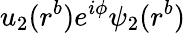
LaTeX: u_{2}(r^{b})e^{i\phi}\psi_{2}(r^{b})